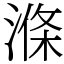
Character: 𣺢